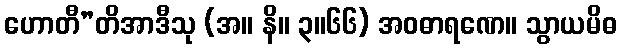
ဟောတီ”တိအာဒီသု (အ။ နိ။ ၃။၆၆) အဝဓာရဏေ။ သွာယမိဓ